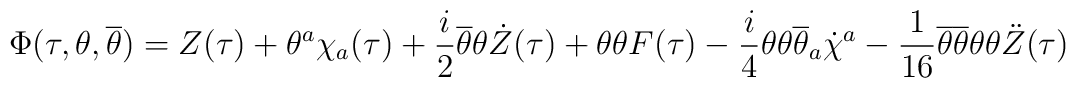
\Phi(\tau,\theta,\overline{\theta})=Z(\tau)+\theta^a\chi_a(\tau)+\frac{i}{2} \overline{\theta}\theta\dot{Z}(\tau)+\theta\theta F(\tau)-\frac{i}{4}\theta\theta \overline{\theta}_a\dot{\chi}^a-\frac{1}{16}\overline{\theta}\overline{\theta}\theta\theta\ddot{Z}(\tau)